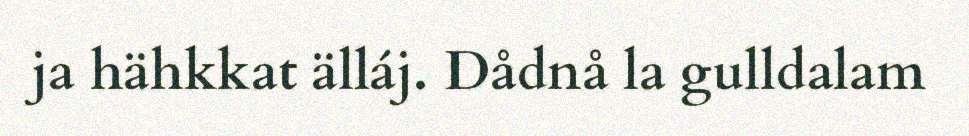
ja hähkkat älláj. Dådnå la gulldalam